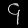
Digit: ၄